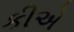
કીએ